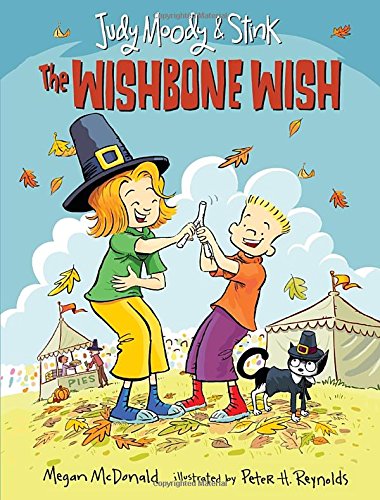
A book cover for Judy Moody and Stink: The Wishbone Wish; Megan McDonald; Children's Books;